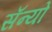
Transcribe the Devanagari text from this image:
सॅन्यो